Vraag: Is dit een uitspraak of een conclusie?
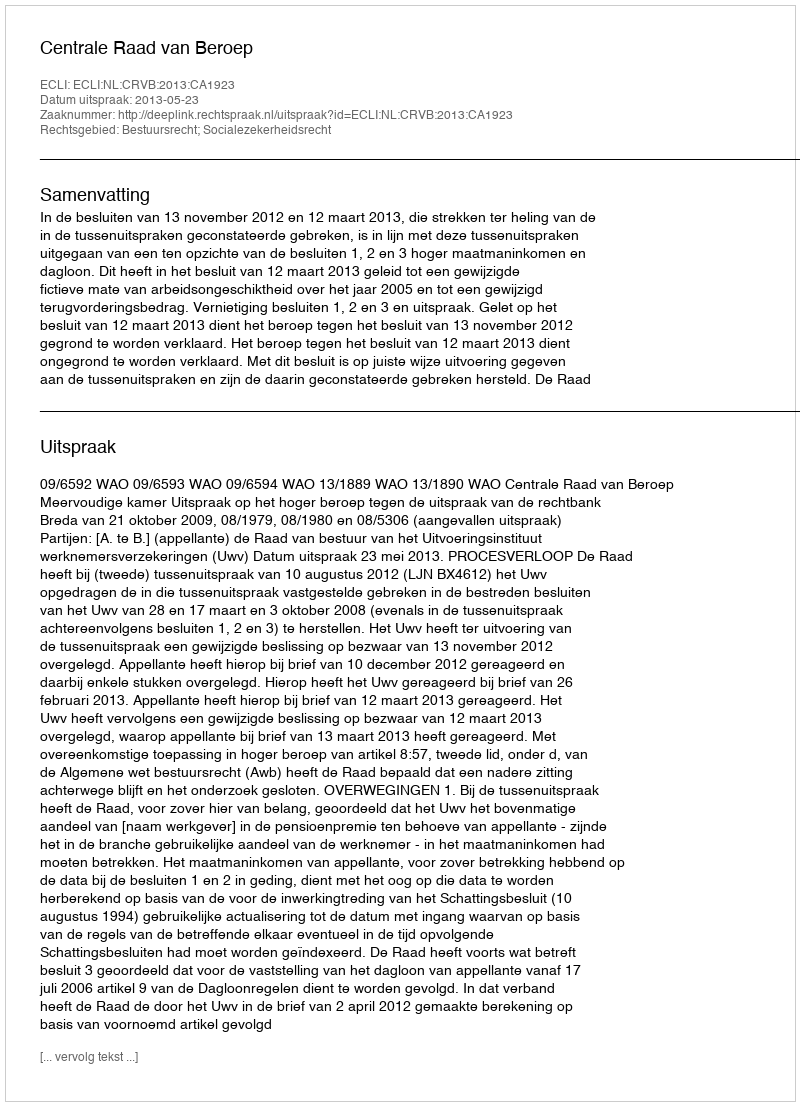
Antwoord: Uitspraak